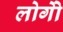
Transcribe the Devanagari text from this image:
लोगोें